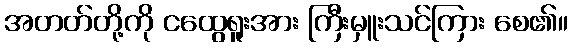
အတတ်တို့ကို ငထွေရူးအား ကြီးမှူးသင်ကြား စေ၏။